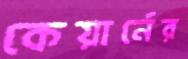
কেয়ার্নের